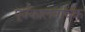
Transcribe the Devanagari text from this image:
पूर्वकालवाचक